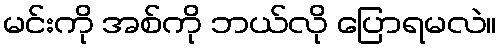
မင်းကို အစ်ကို ဘယ်လို ပြောရမလဲ။